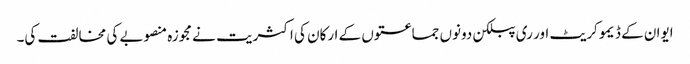
ایوان کے ڈیمو کریٹ اور ری پبلکن دونوں جماعتوں کے ارکان کی اکثریت نے مجوزہ منصوبے کی مخالفت کی۔